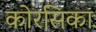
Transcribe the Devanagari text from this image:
कोरसिका